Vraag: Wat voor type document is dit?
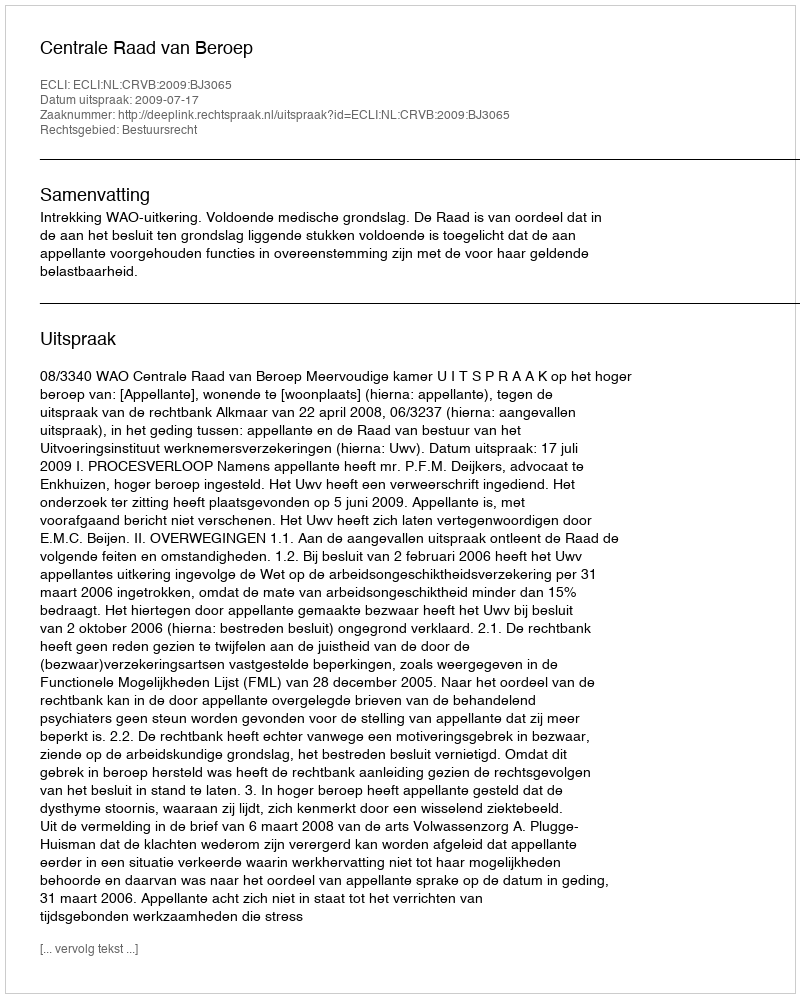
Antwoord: Uitspraak